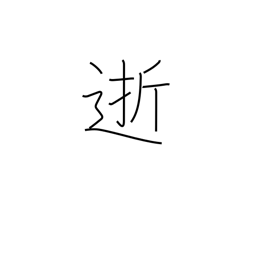
Meaning: departed